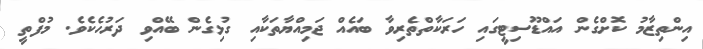
އިންތިޒާމު ކޮށްގެން އައްޑޫސިޓީގައި ހަރަކާތްތެރިވާ ބައެއް ޖަމިއްޔާތަކާއި ގުޅިގެން ބޭއްވި ދަރުހެކެވެ. މުފްތީ